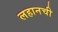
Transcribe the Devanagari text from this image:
लहानची